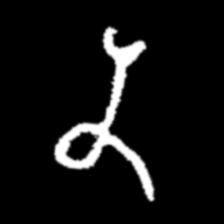
Pyu character \u2014 Myanmar letter: န (romanized: na)